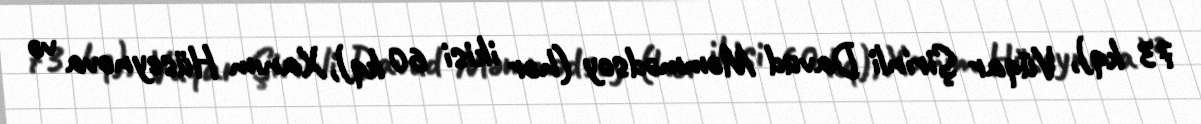
73 kq), Vüqar Şirinli Davud Məmmədsoy (hər ikisi 60 kq), Xanım Hüseynova və